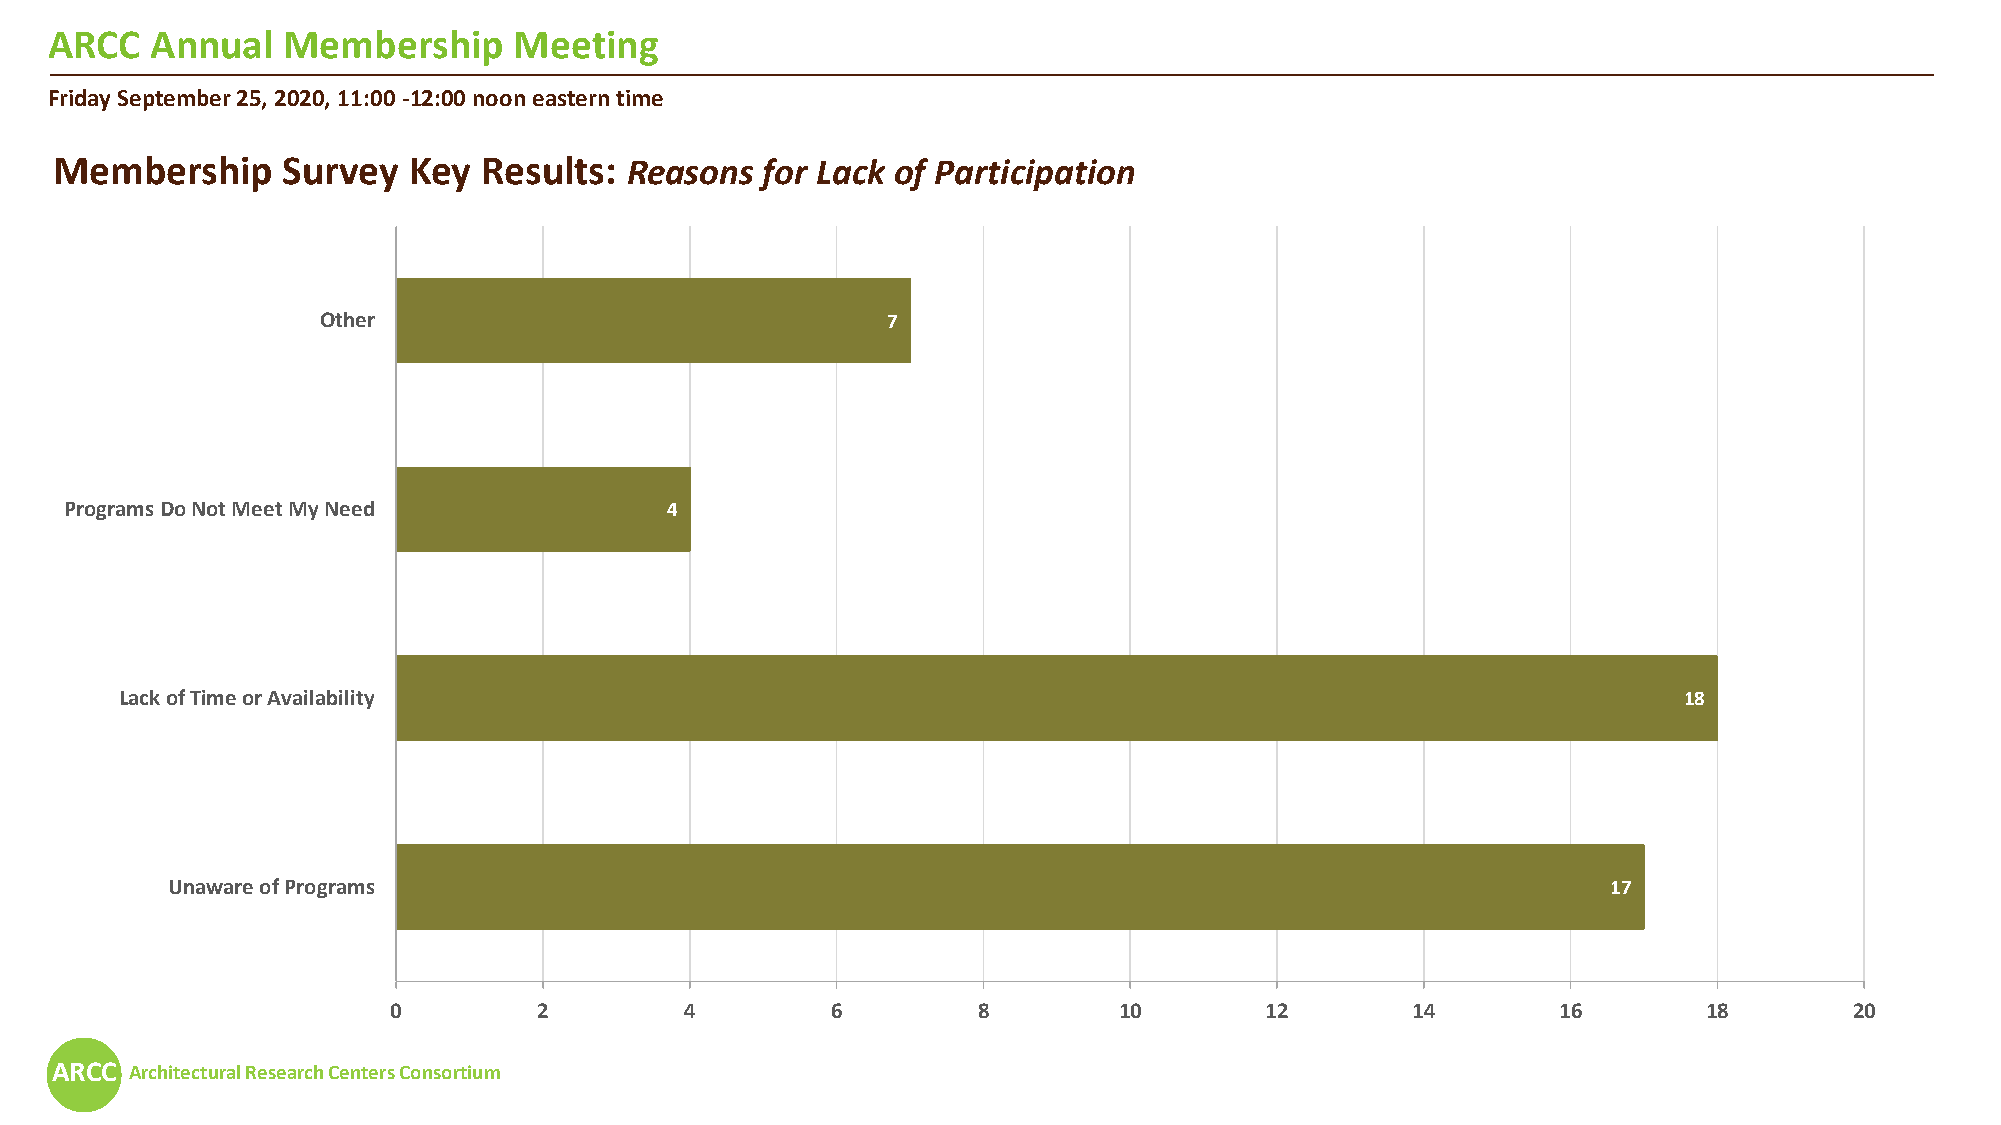
ARCC   Annual   Membership     Meeting
 Friday September 25, 2020, 11:00 -12:00 noon eastern time
 Membership      Survey  Key  Results: Reasons   for Lack of Participation
 Other                                 7
 Programs Do Not Meet My Need            4
 Lack of Time or Availability                                                                           18
 Unaware of Programs                                                                             17
 0         2        4         6         8        10        12       14        16        18        20
 ARCC  Architectural Research Centers Consortium